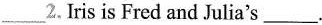
___2.Iris is Fred and Julia's___.